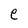
Character: e